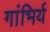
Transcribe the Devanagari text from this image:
गांभिर्य